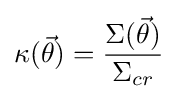
\kappa ({\vec {\theta }})={\frac {\Sigma ({\vec {\theta }})}{\Sigma _{cr}}}